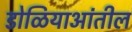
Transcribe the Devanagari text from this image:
डोळियाआंतील